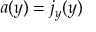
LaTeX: a ( y ) = j _ { y } ( y )